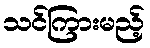
သင်ကြားမည့်